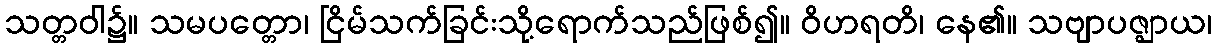
သတ္တဝါ၌။ သမပတ္တော၊ ငြိမ်သက်ခြင်းသို့ရောက်သည်ဖြစ်၍။ ဝိဟရတိ၊ နေ၏။ သဗျာပဇ္ဈာယ၊